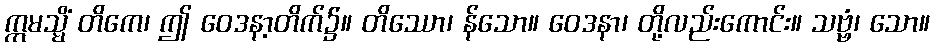
ဣမသ္မိံ တိကေ၊ ဤ ဝေဒနာ့တိက်၌။ တိဿော၊ န်သော။ ဝေဒနာ၊ တို့လည်းကောင်း။ သဗ္ဗံ၊ သော။